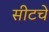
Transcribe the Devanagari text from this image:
सीटचे